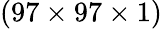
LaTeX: (97\times 97\times 1)